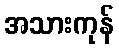
အသားကုန်